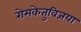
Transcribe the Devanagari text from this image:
रोमकेतुविजया